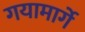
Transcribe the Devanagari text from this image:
गयामार्गे